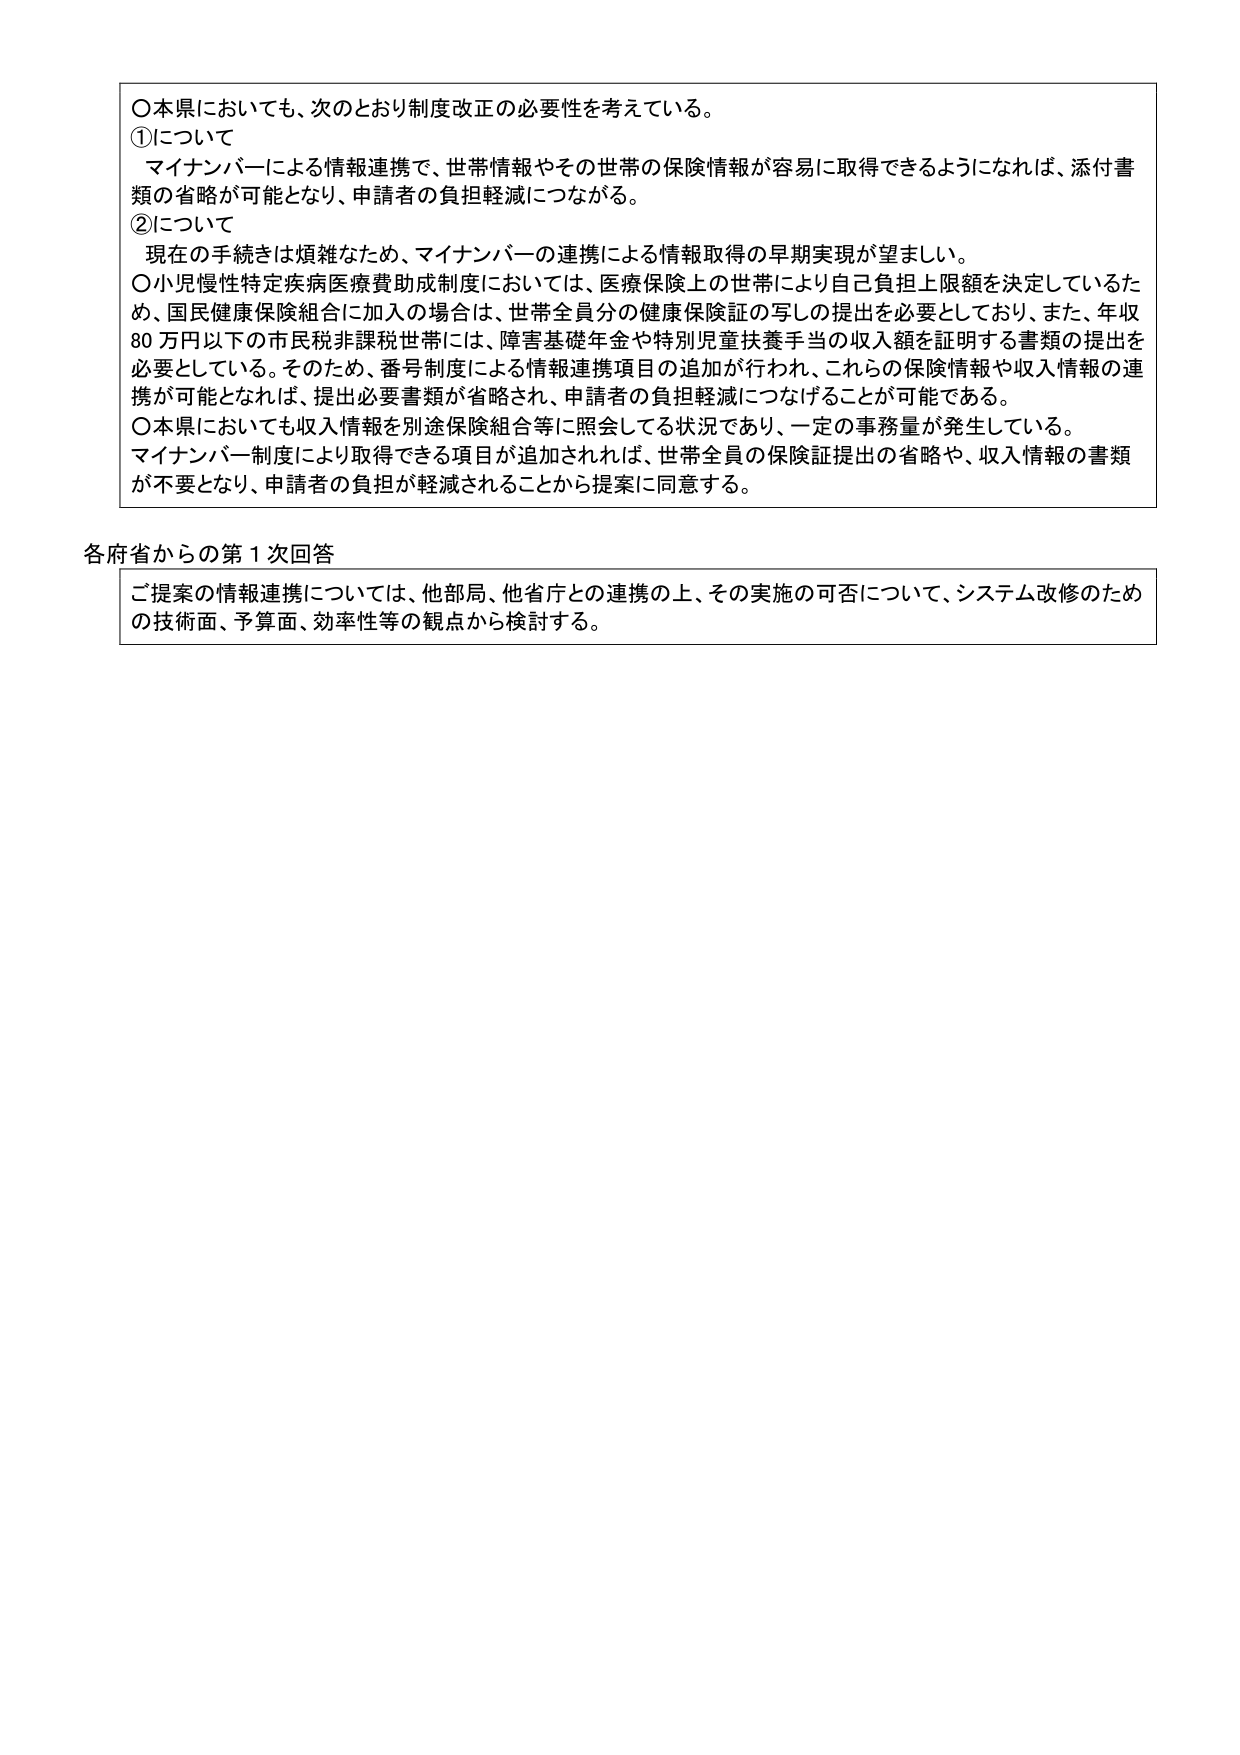
〇本県においても、次のとおり制度改正の必要性を考えている。
①について
　マイナンバーによる情報連携で、世帯情報やその世帯の保険情報が容易に取得できるようになれば、添付書類の省略が可能となり、申請者の負担軽減につながる。
②について
　現在の手続きは煩雑なため、マイナンバーの連携による情報取得の早期実現が望ましい。
〇小児慢性特定疾病医療費助成制度においては、医療保険上の世帯により自己負担上限額を決定しているため、国民健康保険組合に加入の場合は、世帯全員分の健康保険証の写しの提出を必要としており、また、年収80万円以下の市民税非課税世帯には、障害基礎年金や特別児童扶養手当の収入額を証明する書類の提出を必要としている。そのため、番号制度による情報連携項目の追加が行われ、これらの保険情報や収入情報の連携が可能となれば、提出必要書類が省略され、申請者の負担軽減につなげることが可能である。
〇本県においても収入情報を別途保険組合等に照会してる状況であり、一定の事務量が発生している。
　マイナンバー制度により取得できる項目が追加されれば、世帯全員の保険証提出の省略や、収入情報の書類が不要となり、申請者の負担が軽減されることから提案に同意する。

各府省からの第1次回答
　ご提案の情報連携については、他部局、他省庁との連携の上、その実施の可否について、システム改修のための技術面、予算面、効率性等の観点から検討する。